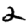
Digit: 2